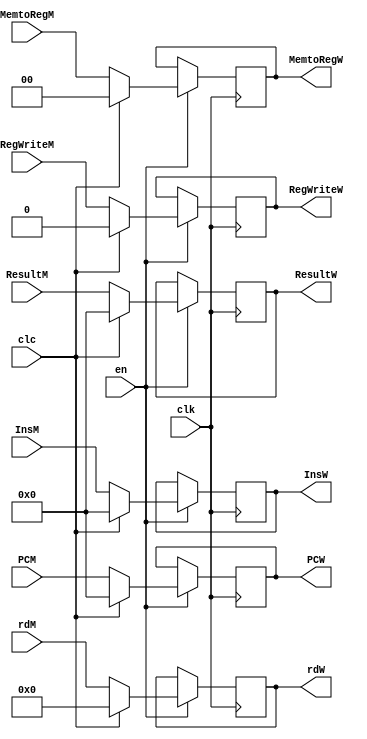
`timescale 1ns / 1ps
//////////////////////////////////////////////////////////////////////////////////
// Company: 
// Engineer: 
// 
// Design Name: 
// Module Name: WB
// Project Name: 
// Target Devices: 
// Tool Versions: 
// Description: 
// 
// Dependencies: 
// 
// Revision:
// Revision 0.01 - File Created
// Additional Comments:
// 
//////////////////////////////////////////////////////////////////////////////////


module WB(
    input clk, 
    input en,
    input clc,
    
    input [31:0] ResultM,
    input [4:0] rdM,
    input RegWriteM,
    input [1:0] MemtoRegM,
    input [31:0] PCM,
    input [31:0] InsM,
    
    output reg [31:0] ResultW,
    output reg [4:0] rdW,
    output reg RegWriteW,
    output reg [1:0] MemtoRegW,
    output reg [31:0] PCW,
    output reg [31:0] InsW
    );
    
    initial begin
        ResultW   = 0;
        rdW       = 0;
        MemtoRegW = 0;
        RegWriteW = 0;
        PCW       = 0;
        InsW      = 0;
    end
    
    always @(posedge clk) begin
        if(en) begin
            RegWriteW  <= clc ? 0 : RegWriteM;
            rdW        <= clc ? 0 : rdM;
            MemtoRegW  <= clc ? 0 : MemtoRegM;
            ResultW    <= clc ? 0 : ResultM; 
            PCW        <= clc ? 0 : PCM;
            InsW       <= clc ? 0 : InsM;
        end
    end
    /*
    reg stall = 0;
    reg clear = 0;
    reg ResultOldData = 32'b0;
    always @(posedge clk) begin
        stall <= ~en;
        clear <= clc;
        ResultOldData <= ResultM;
    end
    assign ResultW = stall ? ResultOldData : (clear ? 32'b0 : ResultM); //
    */
endmodule